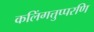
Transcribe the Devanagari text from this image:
कलिंगत्तुप्परणि